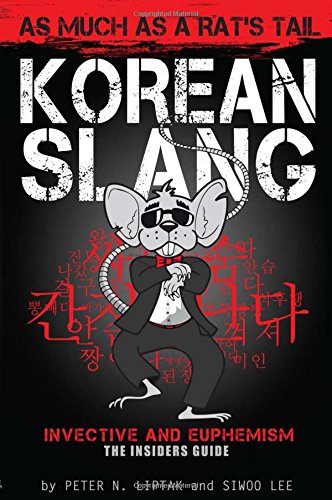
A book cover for Korean Slang: As much as a Rat's Tail; Peter N Liptak; Humor & Entertainment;